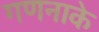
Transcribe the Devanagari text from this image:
गणनाके